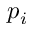
p _ { i }